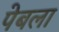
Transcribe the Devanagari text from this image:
पेबला